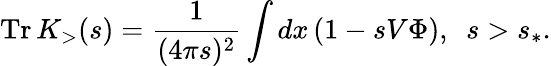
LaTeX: \mathrm{Tr}\, K_{>}(s)=\frac{1}{(4\pi s)^{2}}\int dx\, (1-sV\Phi),\, \, \, s>s_{\ast}.